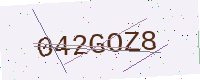
Text: 042GOZ8